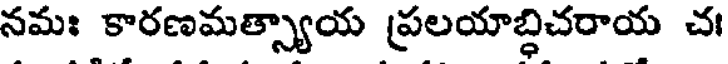
నమః కారణమత్స్యాయ ప్రలయాబ్ధిచరాయ చ।